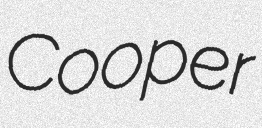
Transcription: Cooper